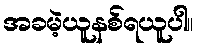
အခမဲ့ယူနစ်ရယူပါ။